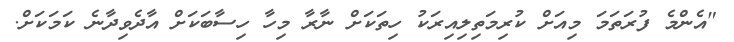
"އެންމެ ފުރަތަމަ މިއަށް ކުރިމަތިލިއިރަކު ހިތަކަށް ނާރާ މިހާ ހިސާބަކަށް އާދެވިދާނެ ކަމަކަށް.